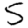
Digit: 5